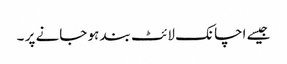
جیسے اچانک لائٹ بند ہو جانے پر ۔